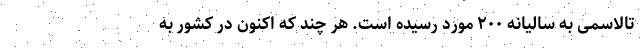
تالاسمی به سالیانه ٢٠٠ مورد رسیده است. هر چند که اکنون در کشور به